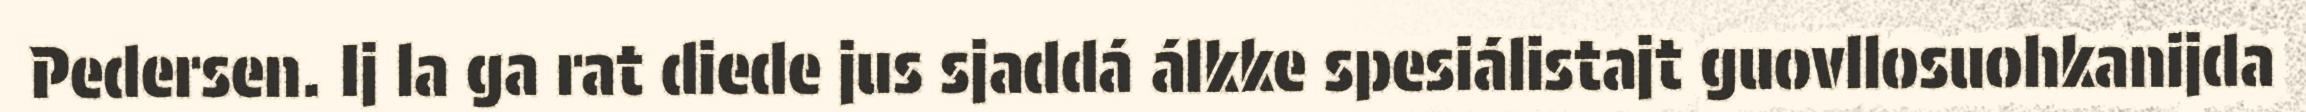
Pedersen. Ij la ga rat diede jus sjaddá álkke spesiálistajt guovllosuohkanijda